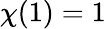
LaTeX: \chi(1)=1